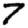
Digit: 7